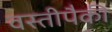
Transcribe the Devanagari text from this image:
वस्तीपैकी